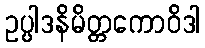
ဥပ္ပါဒနိမိတ္တကောဝိဒါ